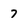
Character: 7